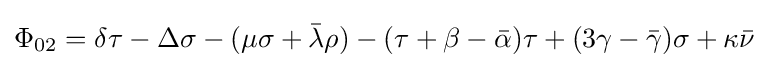
\Phi _{02}=\delta \tau -\Delta \sigma -(\mu \sigma +{\bar {\lambda }}\rho )-(\tau +\beta -{\bar {\alpha }})\tau +(3\gamma -{\bar {\gamma }})\sigma +\kappa {\bar {\nu }}